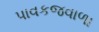
પાવકજવાળા